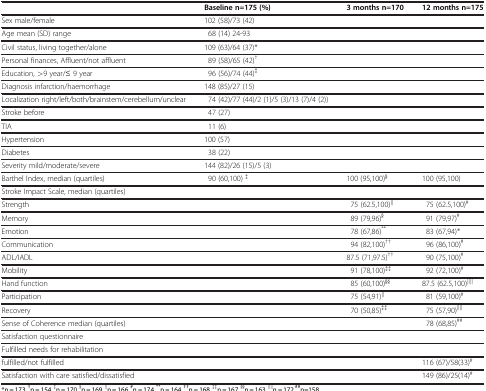
|  | Baseline n=175 (%) | 3 months n=170 | 12 months n=175 |
 | --- | --- | --- | --- |
 | Sex male/female | 102 (58)/73 (42) |  |  |
 | Age mean (SD) range | 68 (14) 24-93 |  |  |
 | Civil status, living together/alone | 109 (63)/64 (37)* |  |  |
 | Personal finances, Affluent/not affluent | 89 (58)/65 (42)† |  |  |
 | Education, >9 year/≤ 9 year | 96 (56)/74 (44)‡ |  |  |
 | Diagnosis infarction/haemorrhage | 148 (85)/27 (15) |  |  |
 | Localization right/left/both/brainstem/cerebellum/unclear | 74 (42)/77 (44)/2 (1)/5 (3)/13 (7)/4 (2)) |  |  |
 | Stroke before | 47 (27) |  |  |
 | TIA | 11 (6) |  |  |
 | Hypertension | 100 (57) |  |  |
 | Diabetes | 38 (22) |  |  |
 | Severity mild/moderate/severe | 144 (82)/26 (15)/5 (3) |  |  |
 | Barthel Index, median (quartiles) | 90 (60,100) ‡ | 100 (95,100)§ | 100 (95,100) |
 | Stroke Impact Scale, median (quartiles) |  |  |  |
 | Strength |  | 75 (62.5,100)∥ | 75 (62.5,100)# |
 | Memory |  | 89 (79,96)§ | 91 (79,97)# |
 | Emotion |  | 78 (67,86)** | 83 (67,94)* |
 | Communication |  | 94 (82,100)†† | 96 (86,100)# |
 | ADL/IADL |  | 87.5 (71,97.5)†† | 90 (75,100)# |
 | Mobility |  | 91 (78,100)‡‡ | 92 (72,100)# |
 | Hand function |  | 85 (60,100)§§ | 87.5 (62.5,100)∥∥ |
 | Participation |  | 75 (54,91)∥ | 81 (59,100)# |
 | Recovery |  | 70 (50,85)‡‡ | 75 (57,90)∥∥ |
 | Sense of Coherence median (quartiles) |  |  | 78 (68,85)## |
 | Satisfaction questionnaire |  |  |  |
 | Fulfilled needs for rehabilitation |  |  |  |
 | fulfilled/not fulfilled |  |  | 116 (67)/58(33)# |
 | Satisfaction with care satisfied/dissatisfied |  |  | 149 (86)/25(14)# |